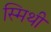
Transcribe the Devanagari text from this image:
स्मिथी